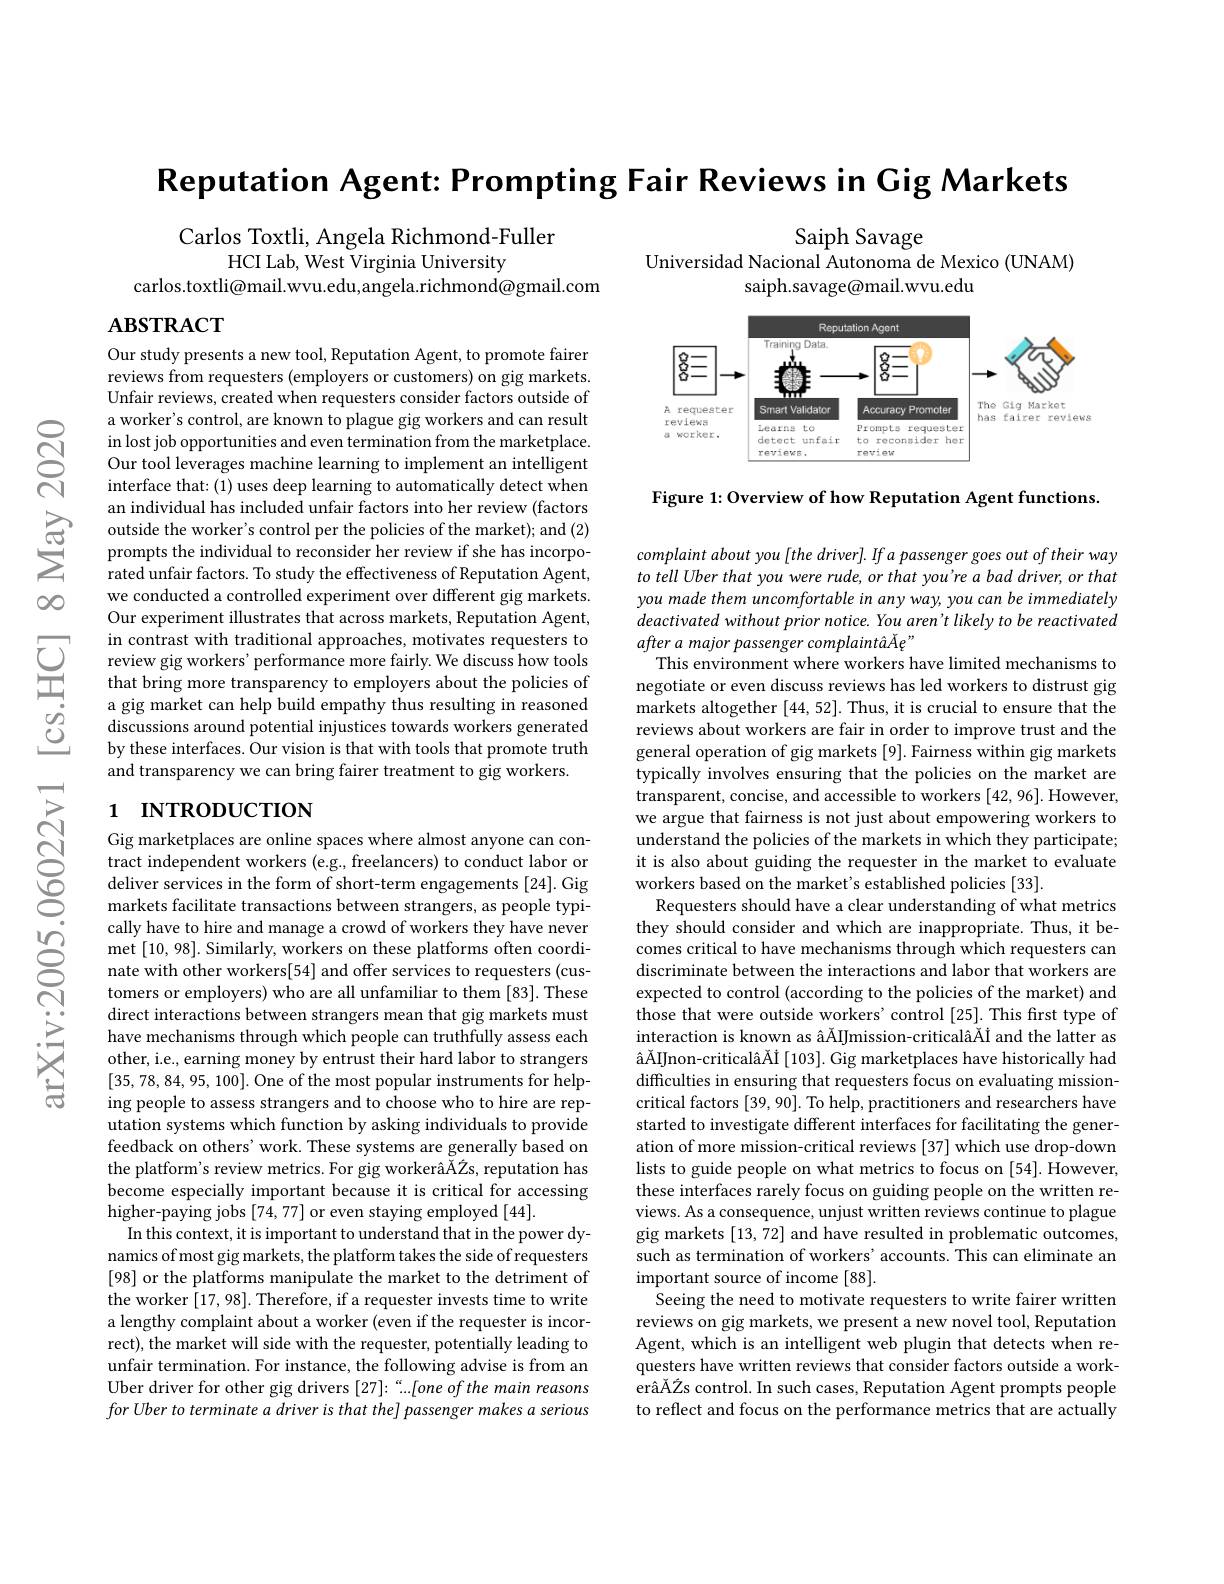
$ଟ୍ରି$

$\infty0$

Reputation Agent: Prompting Fair Reviews in Gig Markets

Saiph Savage
Universidad Nacional Autonoma de Mexico (UNAM)
saiph.savage@mail.wvu.edu

Carlos Toxtli, Angela Richmond-Fuller
HCI Lab, West Virginia University
carlos.toxtli@mail.wvu.edu,angela.richmond@gmail.com

$ABSTRACT$

<FigureHere>

Figure 1: Overview of how Reputation Agent functions.

Our study presents a new tool, Reputation Agent, to promote fairer reviews from requesters (employers or customers) on gig markets. Unfair reviews, created when requesters consider factors outside of a worker's control, are known to plague gig workers and can result in lost job opportunities and even termination from the marketplace Our tool leverages machine learning to implement an intelligent interface that: (1) uses deep learning to automatically detect when
$\sum_{\begin{array}{cc}\text{an individual has included unfair factors into her review(factors)}\\\text{outside the worker's control per the policies of the market); and (2)}\\\text{prompts the individual to reconsider her review if she has incorpo-}\\\text{rated unfair factors. To studv th}\end{array}}$
rated unfair factors. To study the effectiveness of Reputation Agent, we conducted a controlled experiment over different gig markets. Our experiment illustrates that across markets, Reputation Agent, in contrast with traditional approaches, motivates requesters to
a gig market can help build empathy thus resulting in reasoned discussions around potential injustices towards workers generated by these interfaces. Our vision is that with tools that promote truth and transparency we can bring fairer treatment to gig workers.

# 1 INTRODUCTION

complaint about you [the driver]. If a passenger goes out of their way to tell Uber that you were rude, or that you're a bad driver, or that you made them uncomfortable in any way, you can be immediately deactivated without prior notice. You aren't likely to be reactivated after a major passenger complaintâÅe"
This environment where workers have limited mechanisms to negotiate or even discuss reviews has led workers to distrust gig markets altogether [44,52]. Thus, it is crucial to ensure that the reviews about workers are fair in order to improve trust and the general operation of gig markets [9]. Fairness within gig markets typically involves ensuring that the policies on the market are transparent, concise, and accessible to workers [42, 96]. However, we argue that fairness is not just about empowering workers to understand the policies of the markets in which they participate; it is also about guiding the requester in the market to evaluate workers based on the market's established policies [33].
Requesters should have a clear understanding of what metrics they should consider and which are inappropriate. Thus, it becomes critical to have mechanisms through which requesters can discriminate between the interactions and labor that workers are expected to control (according to the policies of the market) and those that were outside workers' control [25]. This first type of interaction is known as âÄIJmission-criticalâĂİ and the latter as âÄIJnon-criticalâĂİ [103]. Gig marketplaces have historically had difficulties in ensuring that requesters focus on evaluating missioncritical factors [39, 90]. To help, practitioners and researchers have started to investigate different interfaces for facilitating the generation of more mission-critical reviews [37] which use drop-down lists to guide people on what metrics to focus on [54]. However, these interfaces rarely focus on guiding people on the written reviews. As a consequence, unjust written reviews continue to plague gig markets [13,72] and have resulted in problematic outcomes, such as termination of workers' accounts. This can eliminate an important source of income [88].
Seeing the need to motivate requesters to write fairer written reviews on gig markets, we present a new novel tool, Reputation Agent, which is an intelligent web plugin that detects when requesters have written reviews that consider factors outside a workerâĂŽs control. In such cases, Reputation Agent prompts people to reflect and focus on the performance metrics that are actually

Gig marketplaces are online spaces where almost anyone can con- $tractindependentworkers(e.g,freelancers)toconductlaboror$ deliver services in the form of short-term engagements [24]. Gig markets facilitate transactions between strangers, as people typically have to hire and manage a crowd of workers they have never met [10,98]. Similarly, workers on these platforms often coordinate with other workers[54] and offer services to requesters (customers or employers) who are all unfamiliar to them [83]. These direct interactions between strangers mean that gig markets must have mechanisms through which people can truthfully assess each other, i.e., earning money by entrust their hard labor to strangers [35,78,84,95,100]. One of the most popular instruments for helping people to assess strangers and to choose who to hire are reputation systems which function by asking individuals to provide feedback on others' work. These systems are generally based on the platform's review metrics. For gig workerâÄŽs, reputation has become especially important because it is critical for accessing higher-paying jobs [74,77] or even staying employed [44].
In this context, it is important to understand that in the power dynamics of most gig markets, the platform takes the side of requesters [98] or the platforms manipulate the market to the detriment of the worker [17,98]. Therefore, if a requester invests time to write a lengthy complaint about a worker (even if the requester is incorrect), the market will side with the requester, potentially leading to unfair termination. For instance, the following advise is from an Uber driver for other gig drivers [27]:“...[one of the main reasons for Uber to terminate a driver is that the] passenger makes a serious